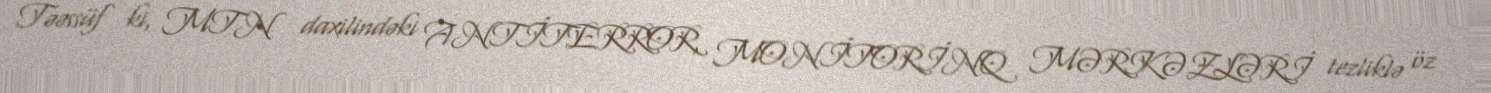
Təəssüf ki, MTN daxilindəki ANTİTERROR, MONİTORİNQ MƏRKƏZLƏRİ tezliklə öz